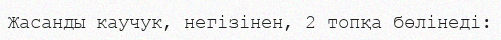
Жасанды каучук, негізінен, 2 топқа бөлінеді: